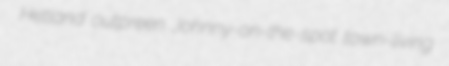
Hetland outpreen Johnny-on-the-spot town-living